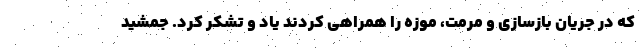
که در جریان بازسازی و مرمت، موزه را همراهی کردند یاد و تشکر کرد. جمشید